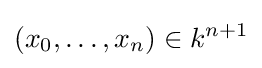
(x_{0},\dots ,x_{n})\in k^{n+1}